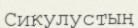
Сикулустың